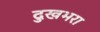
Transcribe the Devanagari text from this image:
दुखभरा